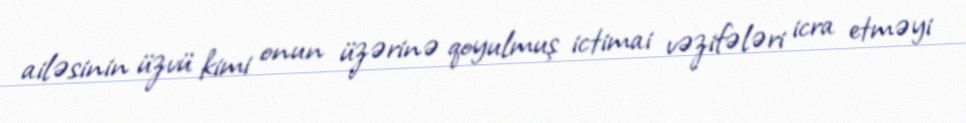
ailəsinin üzvü kimi onun üzərinə qoyulmuş ictimai vəzifələri icra etməyi